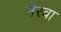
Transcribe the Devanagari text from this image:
नेरवा